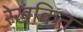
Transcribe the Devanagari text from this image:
रेखंकित